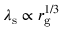
\lambda _ { \mathrm { s } } \propto r _ { \mathrm { g } } ^ { 1 / 3 }